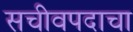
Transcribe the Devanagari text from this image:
सचीवपदाचा